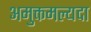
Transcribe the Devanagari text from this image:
अमुक्तमल्यदा